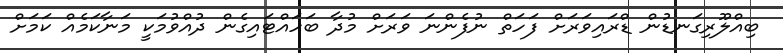
ބިއްލޫރިގަނޑުން ޑްރައިވަރަށް ފަހަތް ނުފެންނަ ވަރަށް މުދާ ބަހައްޓައިގެން ދުއްވުމަކީ މަނާކަމެއް ކަަމަށް